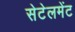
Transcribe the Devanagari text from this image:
सेटेलमेंट